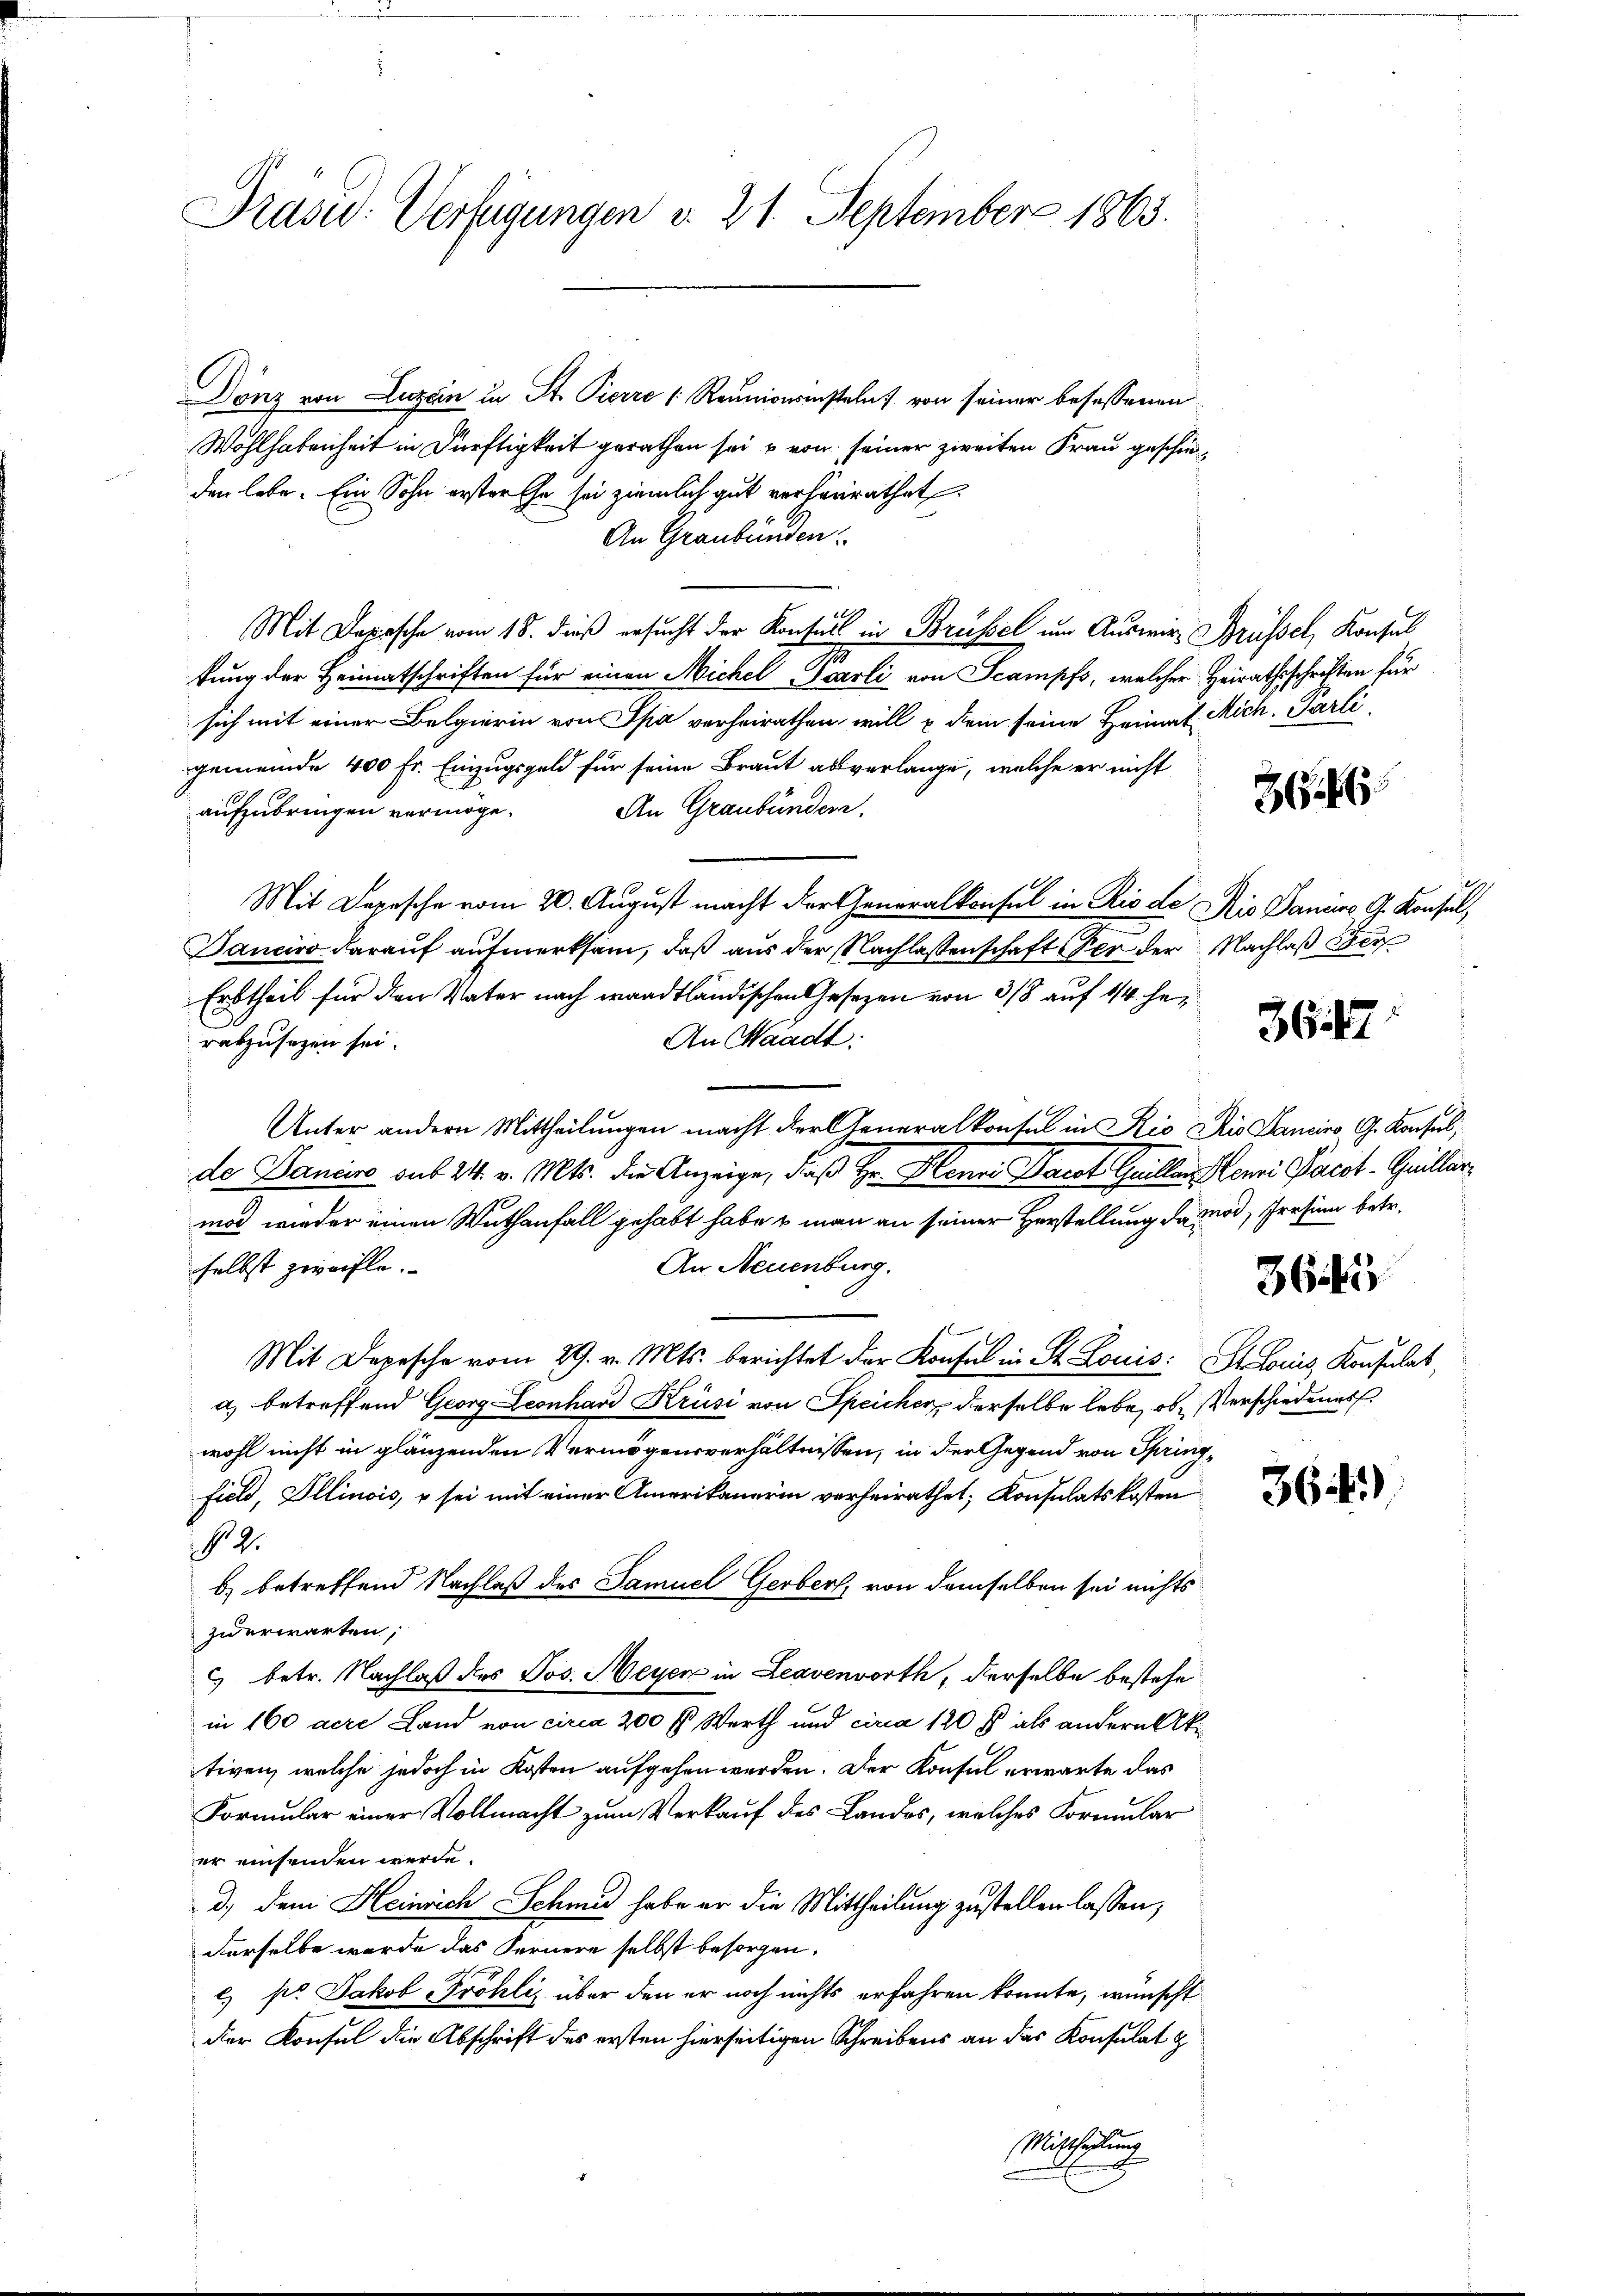
Präsid.: Verfügungen v. 21. September 1863.

Dönz von Luzern in St. Pierre (Reunionsinsteln von seiner besessenen
Wohlhabenheit in Dürftigkeit gerathen sei u von seiner zweiten Frau geschieden lebe. Ein Sohn erster Ehe sei ziemlich gut verhänrathet,
An Graubünden.
Mit Depesche vom 18. dieß ersucht der Konsers in Brüssel um Auswir Brüssel, Konsul
kung der Heimatschriften für einen Michel Scarli von Scampfs, welcher Heirathsschriften für
sich mit einer Belgierin von Spa verheirathen, will u dem seine Heimat Mich. Parti
gemeinde 400 Fr. Einzugsgeld für seine Braut abverlange, welche er nicht
An Graubünden.
aufzubringen vermöge.
Mit Depesche vom 20. August macht der Generalkonsul in Rio de Nis Daniers G. Konsul,
Danciro darauf aufmerksam, daß aus der Nachlassenschaft der der Nachlaß Ber
Erbtheil für den Vater nach waadtländischen Gesezen von 3/8 auf 1/4 he¬
An Waadt:
rabzusagen sei.
Unter andern Mittheilungen macht der Generalkontel in Rio die Sancino, G. Konsul,
de Dancire sub 24. v. Mts. die Anzeige, daß Hr. Henri Jacot Guiller Henri Pacot-Guillar
mod wieder einen Wuthanfall gehabt habe & man an seiner Herstellung da möd, Presien betr.
An Neuenburg.
selbst zweifle.
Mit Depesche vom 29. v. Mts. berichtet der Konsul in St. Louis: St. Louis Konsulat
a) betreffend Georg Leonhard Krüsi von Speicher, derselbe lebe, ob Verschiedener
wohl nicht in glänzenden Vermögensverhältnissen, in der Gegend von Spring¬
Field, Illinois, u sei mit einer Amerikanerin verheirathet, Konsulatskosten
NNo. 2.
b) betreffend Nachlaß des Samuel Gerber, von demselben sei nichts
zierwarten,
5 betr. Nachlaß des Jos. Meyer in Leavenvorth, derselbe bestehe
in 160 dere Land von circa 200 f. Werth und circa 120 f als andern Alk.
tiven, welche jedoch in Kosten aufgehen werden. Der Konsul erwarte das
Formular einer Vollmacht zum Verkauf des Landos, welches Formular
er einsenden werde.
d.) dem Heinrich Schmid habe er die Mittheilung zustellen lassen,
derselbe werde das Fernere selbst besorgen.
c) pr Jakob Fröhlis über den er noch nichts erfahren konnte, wünscht
dier Konsul die Abschrift des ersten hierseitigen Schreibens an das Konsulat z
Mischeilung

2

362

3645

364)